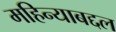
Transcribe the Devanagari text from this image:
महिन्याबद्दल